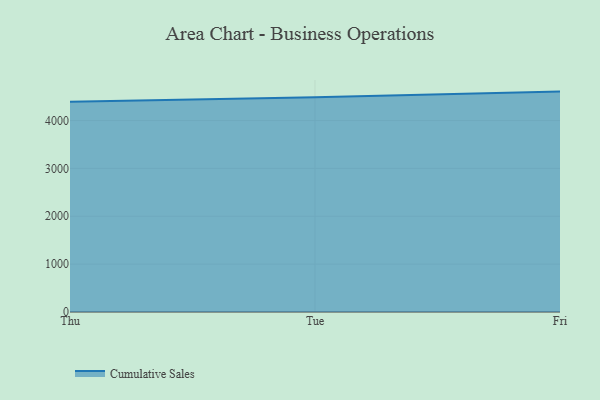
{"axis": {"x": "Day", "y": "Churn Rate (%)"}, "legend": ["Cumulative Sales"], "data": [{"x": "Thu", "y": 4394.3, "type": "Cumulative Sales"}, {"x": "Tue", "y": 4485.9, "type": "Cumulative Sales"}, {"x": "Fri", "y": 4604.7, "type": "Cumulative Sales"}]}